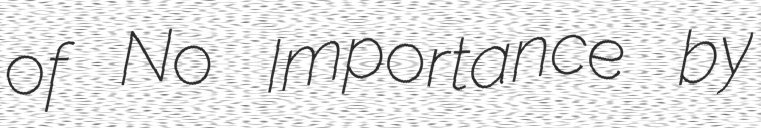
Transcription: of No Importance by